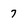
Character: 7